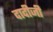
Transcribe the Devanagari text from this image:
दादीजी